画像に写った文字を読んでください
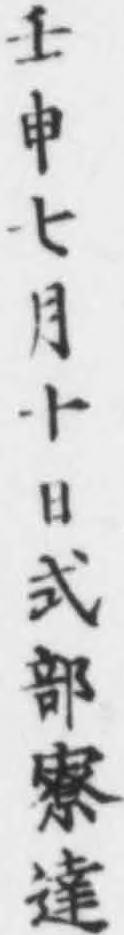
「壬申七月十日式部寮達」と書いてあります